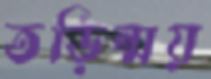
তড়িন্ময়